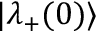
| \lambda _ { + } ( 0 ) \rangle